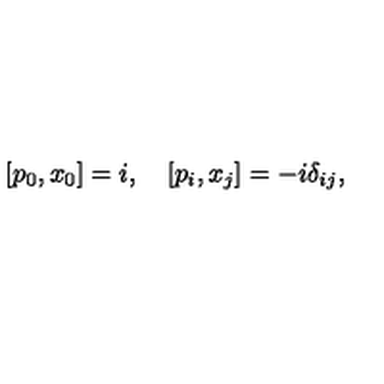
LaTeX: [ p _ { 0 } , x _ { 0 } ] = i , \quad [ p _ { i } , x _ { j } ] = - i \delta _ { i j } ,